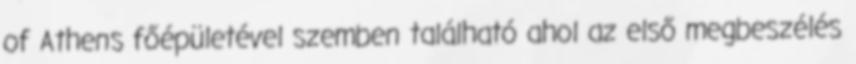
of Athens főépületével szemben található ahol az első megbeszélés